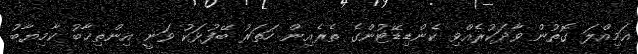
އަމިއްލަ ގޮތުން ވާދަކުރެއްވި ކެންޑިޑޭޓުންގެ ތެރެއިން ހަތަރު ބޭފުޅަކު ވަނީ އިންތިޚާބު ކާމިޔާބު